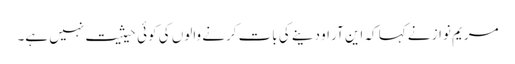
مریم نواز نے کہا کہ این آر او دینے کی بات کرنے والوں کی کوئی حیثیت نہیں ہے۔